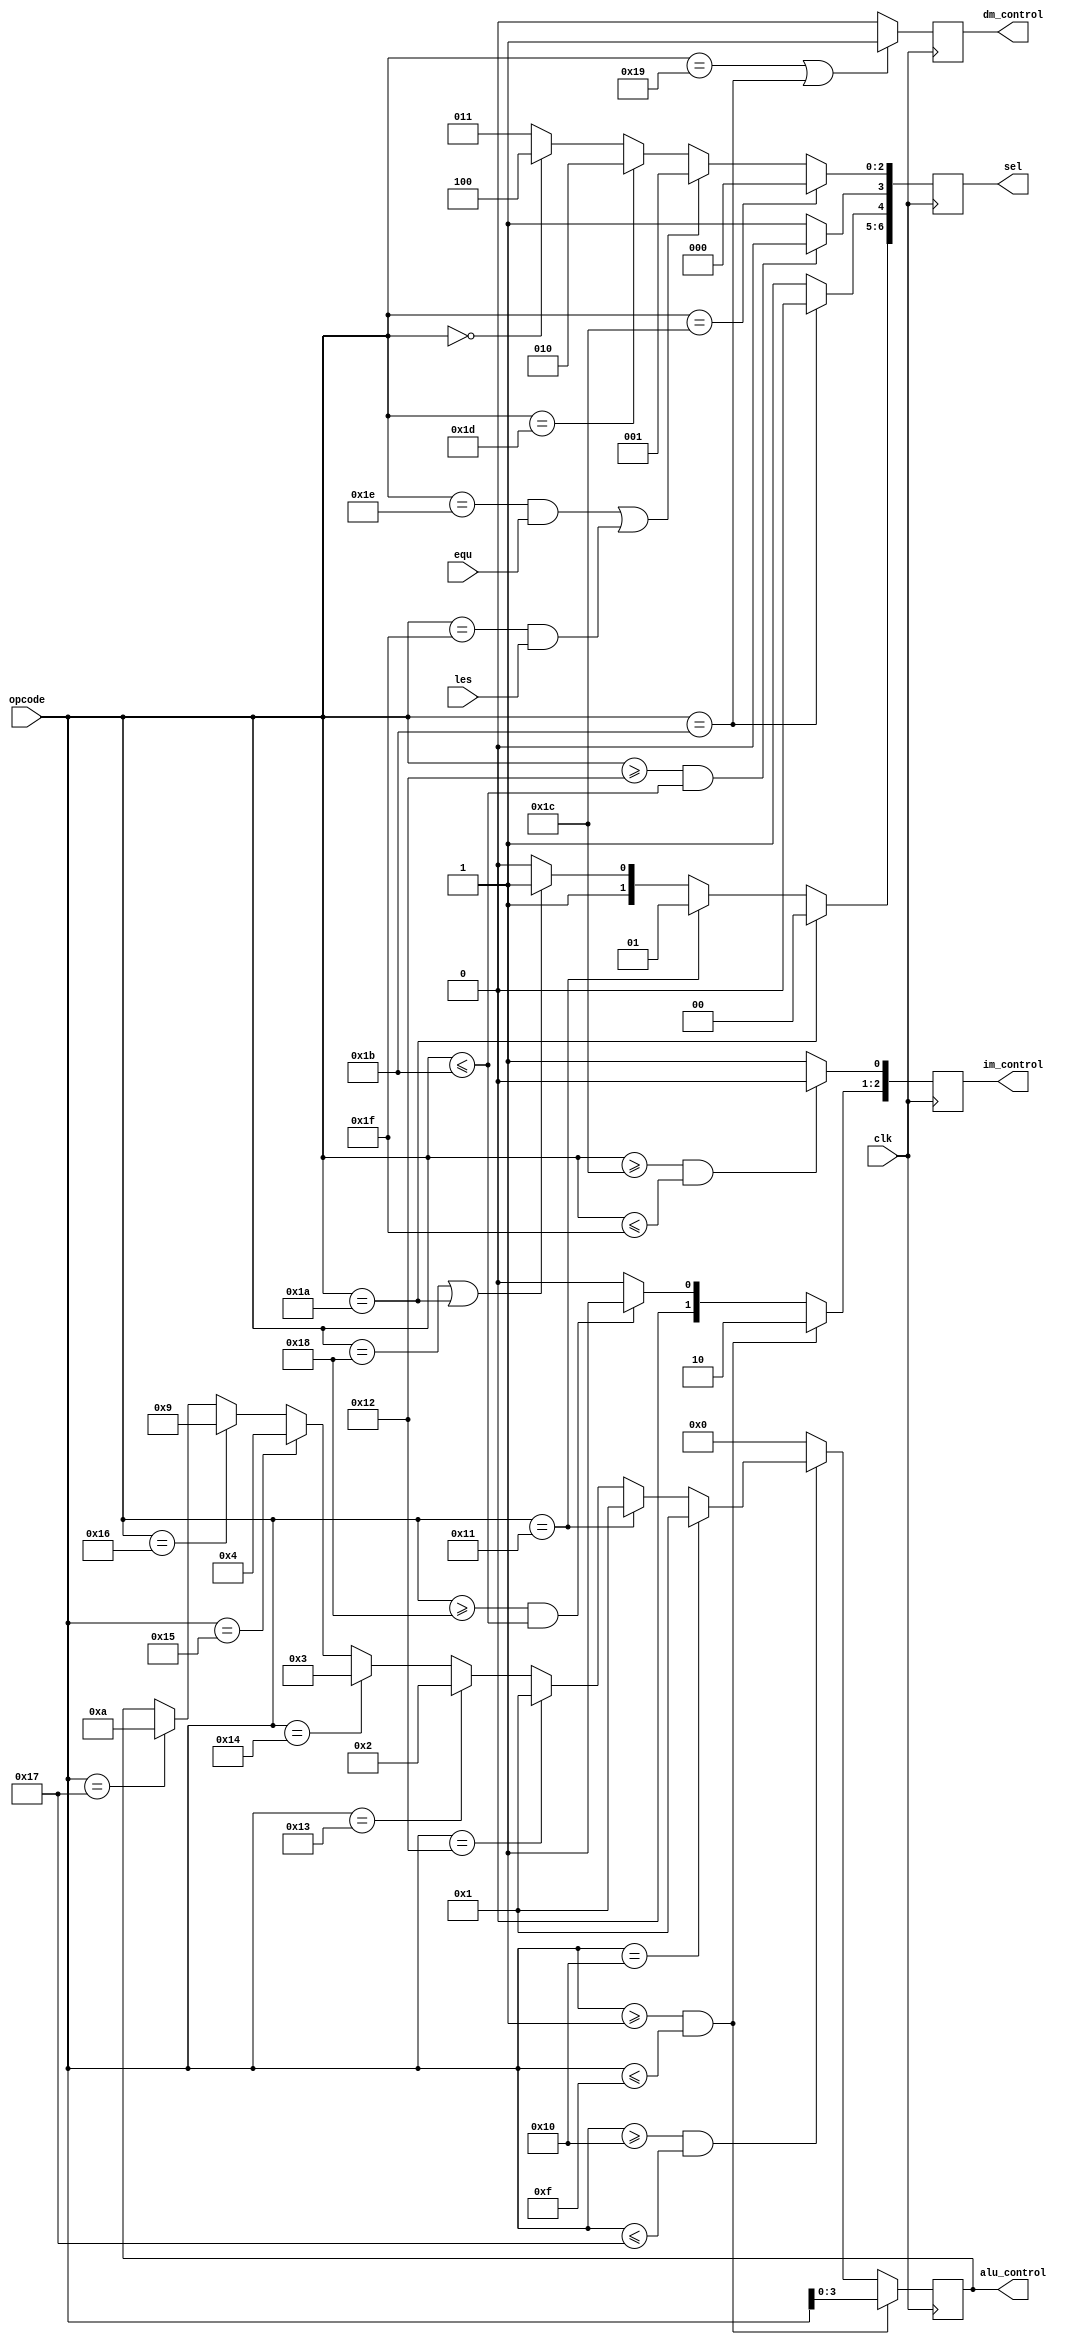
module CU(
    input clk,
    input[5:0] opcode,
    input equ, 
    input les,
    output reg[2:0] im_control,
    output reg[3:0] alu_control,
    output reg dm_control,
    output reg [6:0] sel
    );

    always @ (posedge clk) begin
        if (opcode >= 6'd28 & opcode <= 6'd31) begin // instruction memory R1
            im_control[0] = 0;
        end else begin
            im_control[0] = 1;
        end

        if (opcode >= 6'd1 & opcode <= 6'd15) begin // instruction memory R2
            im_control[2:1] = 2'd2;
        end else if (opcode >= 6'd24 & opcode <= 6'd27) begin
            im_control[2:1] = 2'd1;
        end else begin
            im_control[2:1] = 2'd0;
        end  

        if (opcode == 6'd25 | opcode == 6'd27) begin // data memory write enable
            dm_control = 1;
        end else begin
            dm_control = 0;
        end

        if (opcode == 6'd28) begin // pc input mux  (mux 0)
            sel[2:0] = 3'd0;
        end else if ((opcode == 6'd30 & equ) | (opcode == 6'd31 & les)) begin
            sel[2:0] = 3'd1;
        end else if (opcode == 6'd29) begin
            sel[2:0] = 3'd2;
        end else if (opcode == 6'd0) begin
            sel[2:0] = 3'd4;
        end else begin
            sel[2:0] = 3'd3;
        end

        if (opcode >= 6'd18 & opcode <= 6'd27) begin // alu in2 mux (mux 1)
            sel[3] = 0;
        end else begin
            sel[3] = 1;
        end

        if (opcode == 6'd27) begin // data memory write data input (mux 2)
            sel[4] = 0;
        end else begin
            sel[4] = 1;
        end

        if (opcode == 6'd26) begin // register memory write back data (mux 3)
            sel[6:5] = 2'd0;
        end else if (opcode == 6'd17) begin
            sel[6:5] = 2'd1;
        end else if (opcode == 6'd24 | opcode == 6'd26) begin
            sel[6:5] = 2'd3;
        end else begin
            sel[6:5] = 2'd2;
        end
        

        if (opcode >= 6'b000001 & opcode <= 6'b001111) begin // ALU function
            alu_control = opcode[3:0];
        end else if (opcode >= 6'b010000 & opcode <= 6'b010111) begin  // Immidiade ALU
            if (opcode == 6'b010000)        // LDI
                alu_control = 4'b0001;
            else if (opcode == 6'b010001)   // LDUI
                alu_control = 4'b0001;
            else if (opcode == 6'b010010)   // ADDI
                alu_control = 4'b0001;
            else if (opcode == 6'b010011)   // SUBI
                alu_control = 4'b0010;
            else if (opcode == 6'b010100)   // MULI
                alu_control = 4'b0011;
            else if (opcode == 6'b010101)   // DIVI
                alu_control = 4'b0100;
            else if (opcode == 6'b010110)   // NANDI
                alu_control = 4'b1001;
            else if (opcode == 6'b010111)   // XNORI
                alu_control = 4'b1010;
        end else begin
            alu_control = 4'b0000;
        end

    end
endmodule